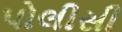
પોલીસી